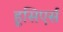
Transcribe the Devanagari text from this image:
हूसिएर्स